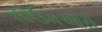
સોઉમઓરો